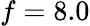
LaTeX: f=8.0